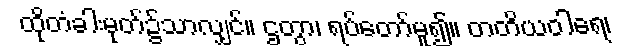
ထိုတံခါးမုတ်၌သာလျှင်။ ဌတွာ၊ ရပ်တော်မူ၍။ တတိယဝါရေ၊